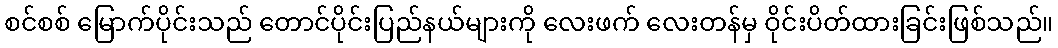
စင်စစ် မြောက်ပိုင်းသည် တောင်ပိုင်းပြည်နယ်များကို လေးဖက် လေးတန်မှ ဝိုင်းပိတ်ထားခြင်းဖြစ်သည်။